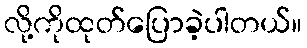
လို့ကိုထုတ်ပြောခဲ့ပါတယ်။